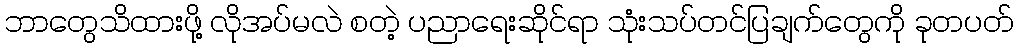
ဘာတွေသိထားဖို့ လိုအပ်မလဲ စတဲ့ ပညာရေးဆိုင်ရာ သုံးသပ်တင်ပြချက်တွေကို ခုတပတ်